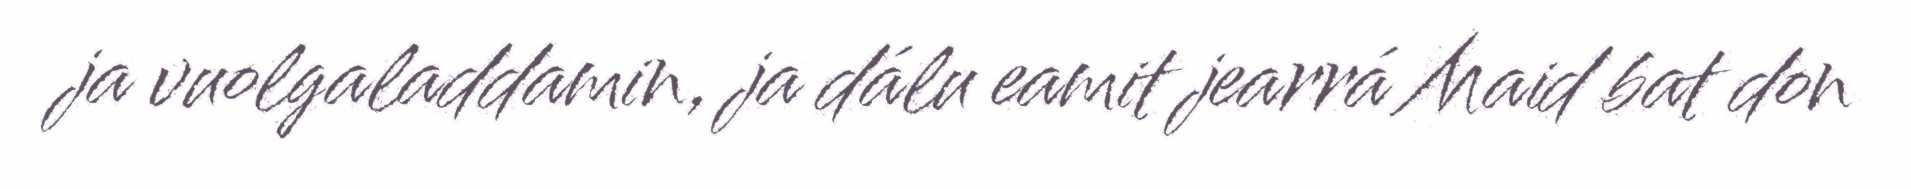
ja vuolgaladdamin, ja dálu eamit jearrá Maid bat don